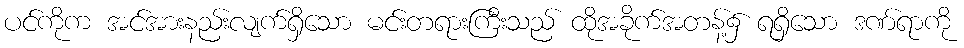
ပင်ကိုက အင်အားနည်းလျက်ရှိသော မင်းတရားကြီးသည် ထိုအခိုက်အတန့်၌ ရရှိသော ဒဏ်ရာကို